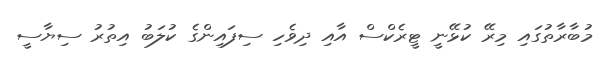
މުބާރާތުގައި މިރޭ ކުޅޭނީ ޓީރެކްސް އާއި ދިވެހި ސިފައިންގެ ކުލަބު އިތުރު ސިޔާސީ